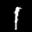
Digit: 1